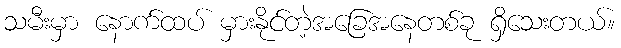
သမီးမှာ နောက်ထပ် မှားနိုင်တဲ့အခြေအနေတစ်ခု ရှိသေးတယ်။